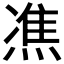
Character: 𤌞